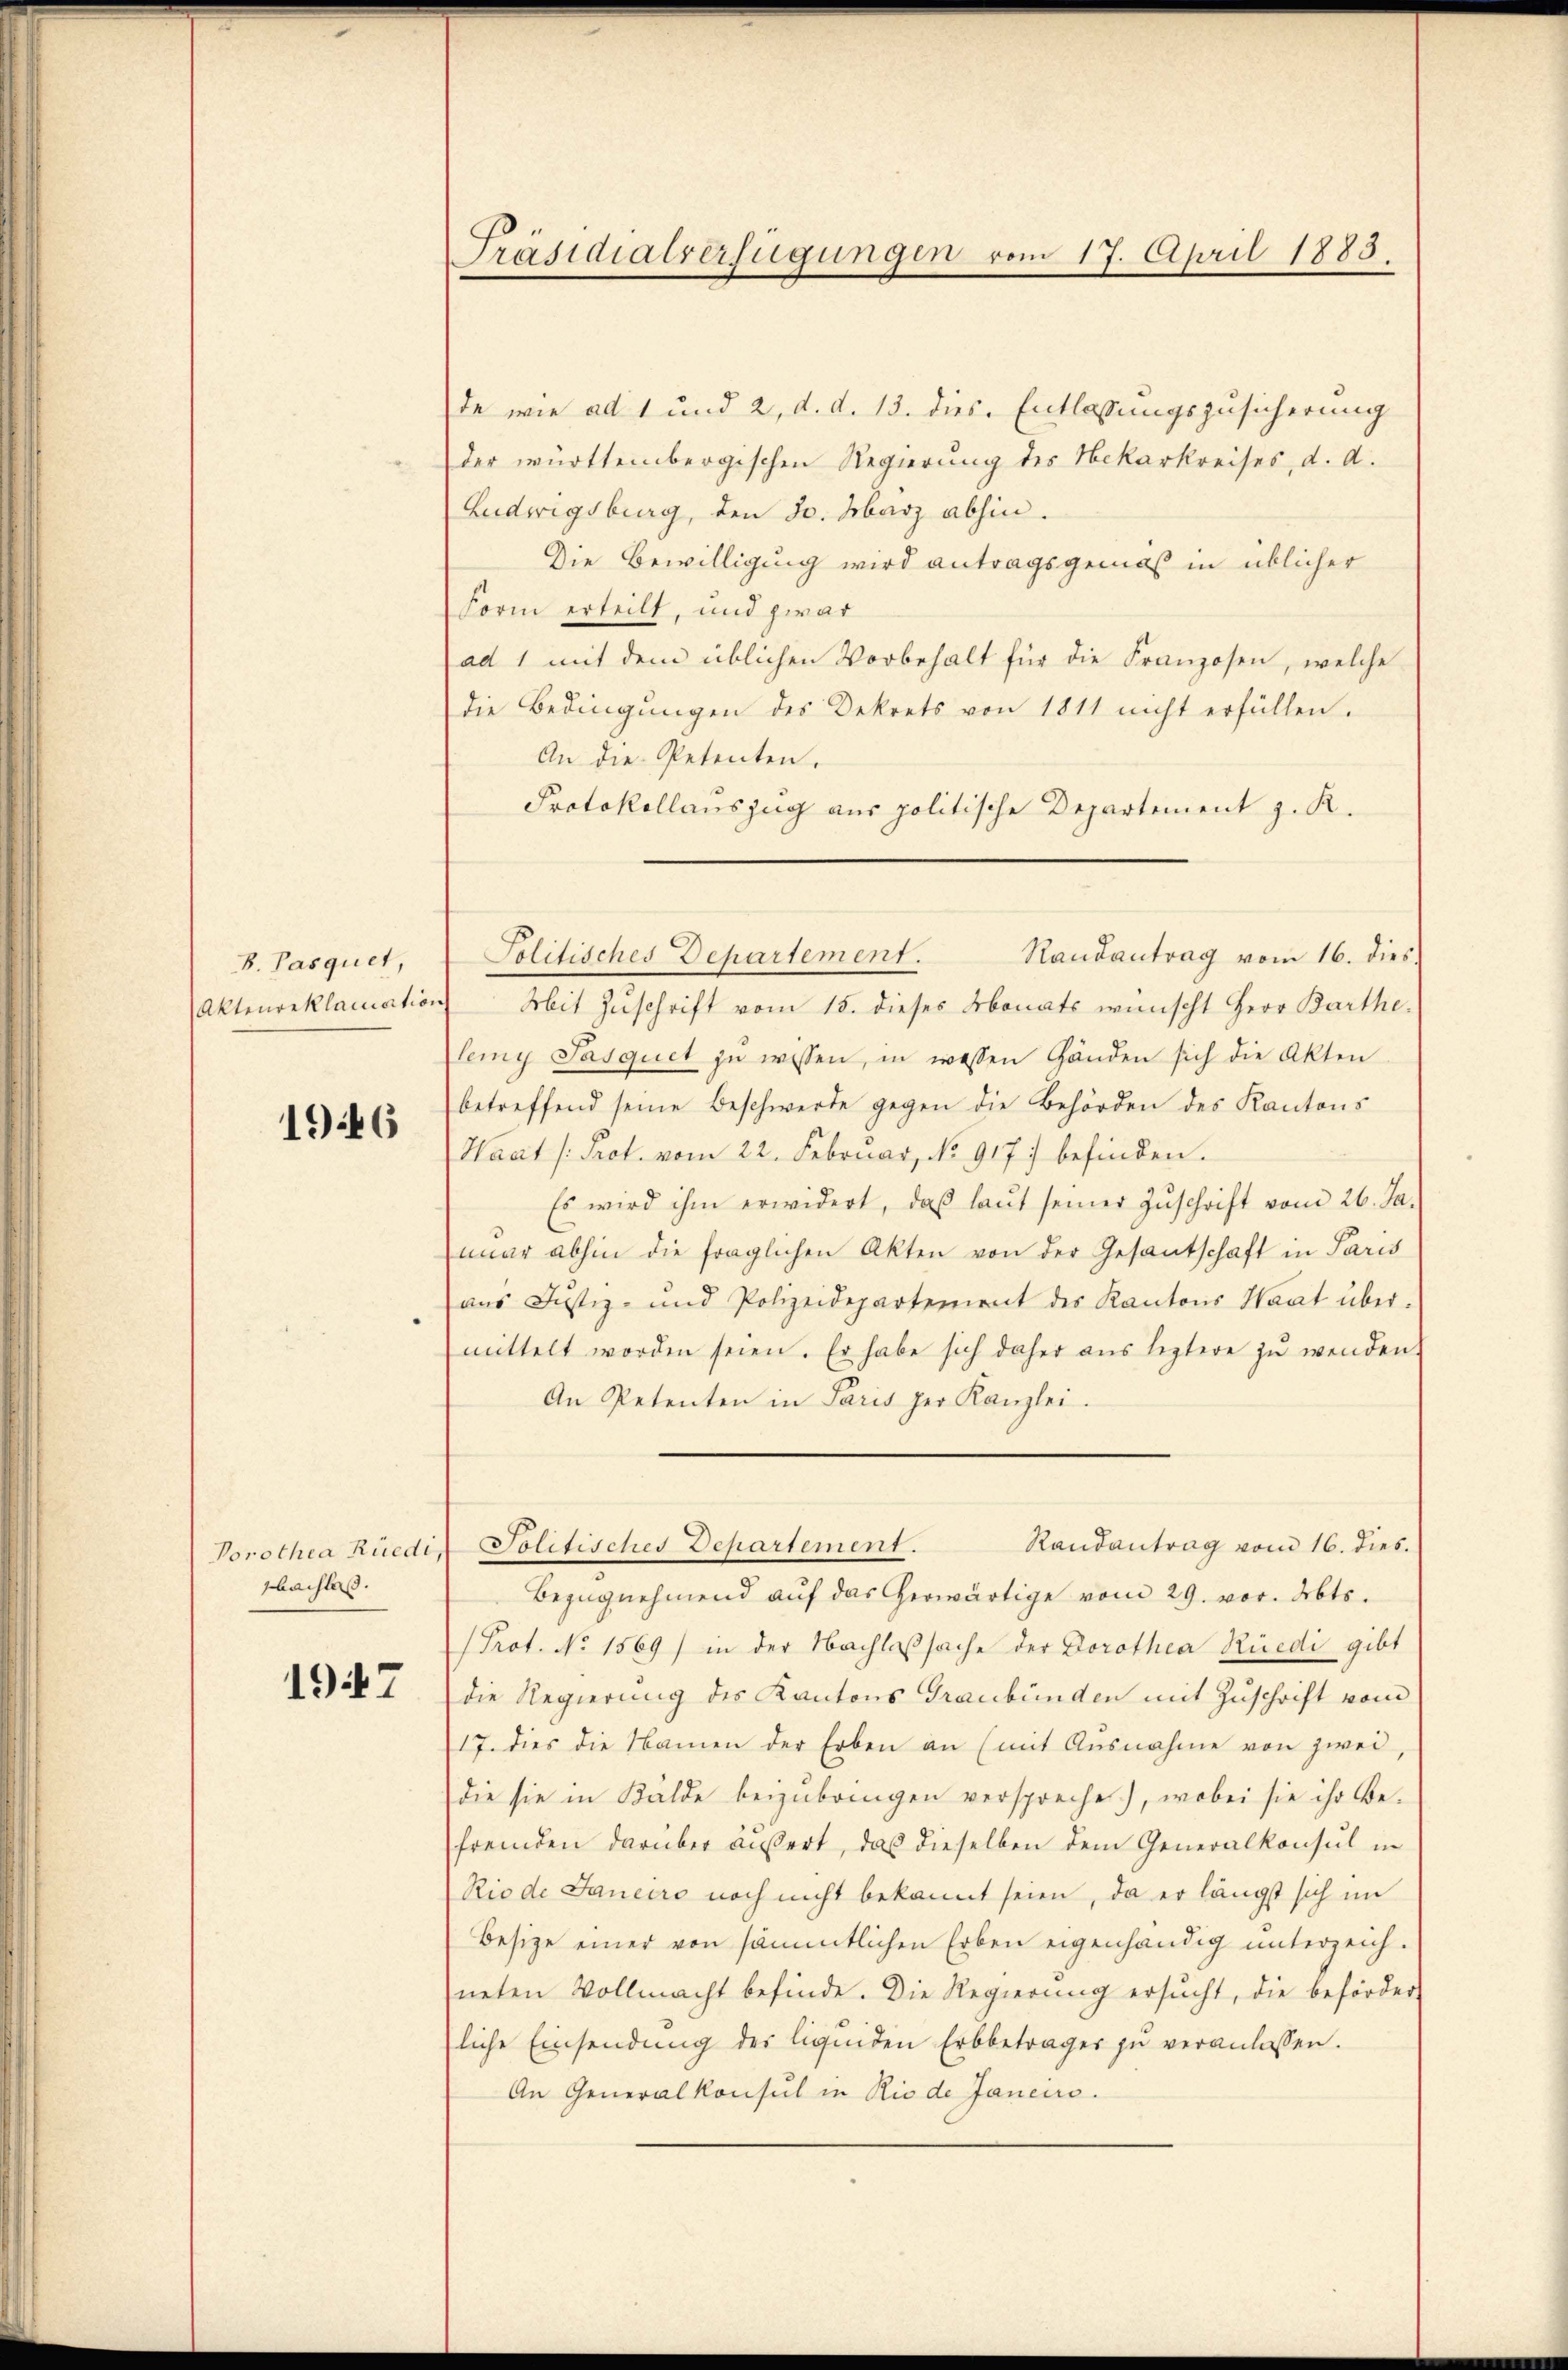
B. Pasquet,

1946

de wie ad 1 und 2, d. d. 13. dies Entlassungszusicherung
der württembergischen Regierung des Nekarkreises, d. d.
Ludwigsburg, den 30. März abhin.
Die Bewilligung wird antragsgemäß in üblicher
Form erteilt, und zwar
ad 1 mit dem üblichen Vorbehalt für die Franzosen, welche
die Bedingungen des Dekrets von 1811 nicht erfüllen.
An die Petenten.
Protokollauszug aus politische Departement z. R.
Aktenreklamation Mit Zŭschrift vom 15. dieses Monats wünscht Herr Barthe
lemy Pasquet zŭ wissen, in wessen Händen sich die Akten
betreffend seine Beschwerde gegen die Behörden des Kantons
Waart /: Prot. vom 22. Februar, No. 917) befinden.
Es wird ihm erwidert, daβ laŭt seiner Zŭschrift vom 26. Ja-
mar abhin die fraglichen Akten von der Gesantschaft in Paris
aus Justiz- und Polizeidepartement des Kantons Haat über-
mittelt worden seien. Er habe sich daher ans leztere zŭ wenden.
An Petenten in Paris per Kanzlei.
Vorothea Rüedi, Politisches Departement. Randantrag vom 16. dies.
Bezŭgnehmend auf das herwärtige vom 29. vor. Abts.
(Prot. No. 1569) in der Nachlaßsache der Dorothea Rüedi gibt
die Regierung des Kantons Graubünden mit Zuschrift vom
17. dies die Namen der Erben an (mit Ausnahme von zwei,
die sie in Bälde beizubringen verspreche), wobei sie ihr Be-
fremden darüber äußert, das dieselben dem Generalkonsul in
Riode Janeiro noch nicht bekannt seien, da er längst sich im
Besize einer von sämmtlichen Erben eigenhändig unterzeich-
neten Vollmacht befinde. Die Regierung ersŭcht, die beförder
liche Einsendŭng der liquiden Erbbeträger zŭ veranlassen.
An Generalkonsul in Rio de Janeiro.

sbachlaß.

1947

Präsidialverfügungen vom 17. April 1883.

Politisches Departement. Randantrag vom 16. dies